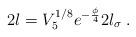
LaTeX: \begin{align*}2l=V_5^{1/8}e^{-\frac{\phi}{4}}2l_\sigma \; .\end{align*}